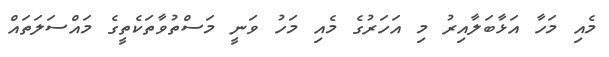
މެއި މަހާ އަޅާބަލާއިރު މި އަހަރުގެ މެއި މަހު ވަނީ މަސްތުވާތަކެތީގެ މައްސަލަތައް